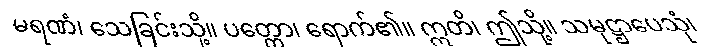
မရဏံ၊ သေခြင်းသို့။ ပတ္တော၊ ရောက်၏။ ဣတိ၊ ဤသို့။ သမုဋ္ဌာပေသုံ၊